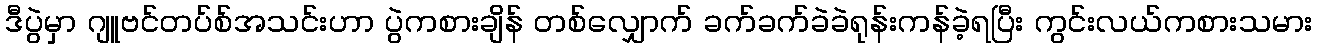
ဒီပွဲမှာ ဂျူဗင်တပ်စ်အသင်းဟာ ပွဲကစားချိန် တစ်လျှောက် ခက်ခက်ခဲခဲရုန်းကန်ခဲ့ရပြီး ကွင်းလယ်ကစားသမား